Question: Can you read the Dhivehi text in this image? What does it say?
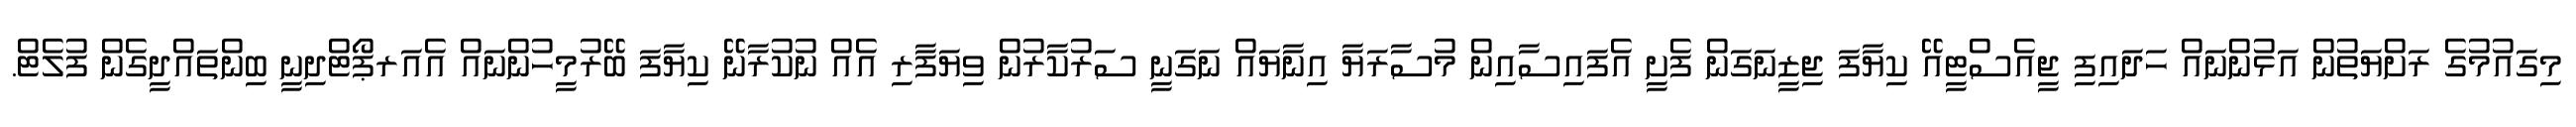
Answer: މިގައުމުގެ ރަށްޔަތުން އަޅުންނައް ހަދައިފި ޖީއެސްޓީއޭ ކިޔާފަ ޖިޒީނަގަން ފެށީ އެފައިސާއިން މުސާރަޔާ އިނާޔައް ނަގަނީ ސަރުކާރުން ވިޔަފާރި އެއް ނުކުރާނޭ ކިޔާފަ ބޭރުމީހުންނައް އެއަރޕޯޓްދިނީ ބިންތައްދީގެން ފުލެޓް.